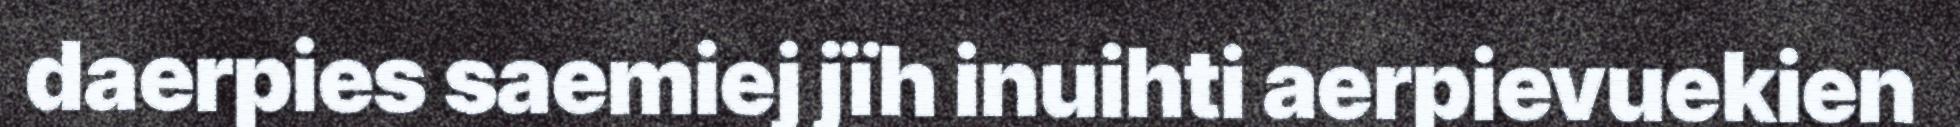
daerpies saemiej jïh inuihti aerpievuekien